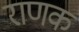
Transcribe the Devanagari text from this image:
राणक